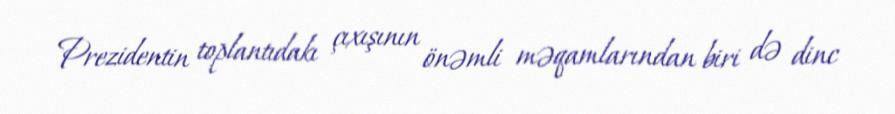
Prezidentin toplantıdakı çıxışının önəmli məqamlarından biri də dinc